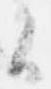
候